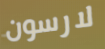
لارسون